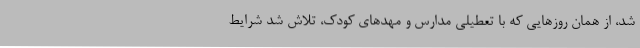
شد، از همان روزهایی که با تعطیلی مدارس و مهدهای کودک، تلاش شد شرایط